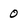
Character: 0